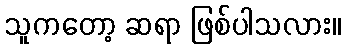
သူကတော့ ဆရာ ဖြစ်ပါသလား။